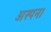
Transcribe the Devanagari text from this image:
अस्पन।